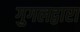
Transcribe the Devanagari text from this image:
गुगलद्वारा